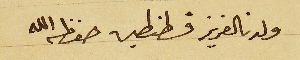
ولدنالعزيز قسطنطين حفظه الله